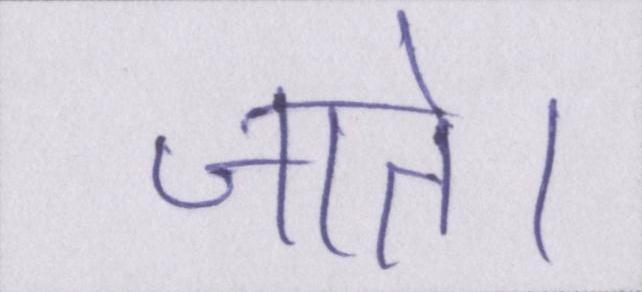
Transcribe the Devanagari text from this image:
जाते।